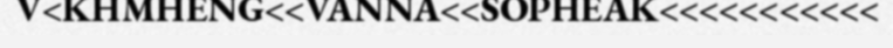
V<KHMHENG<<VANNA<<SOPHEAK<<<<<<<<<<<